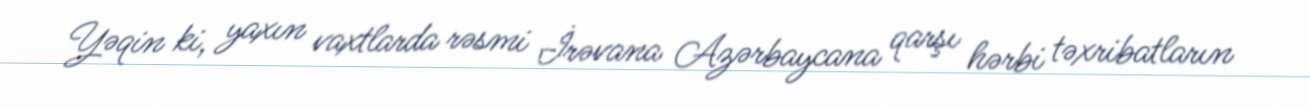
Yəqin ki, yaxın vaxtlarda rəsmi İrəvana Azərbaycana qarşı hərbi təxribatların